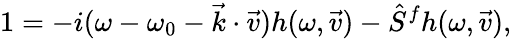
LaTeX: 1=-i(\omega-\omega_{0}-\vec{k}\cdot\vec{v})h(\omega,\vec{v})-\hat{S}^{f}h(\omega,\vec{v}),